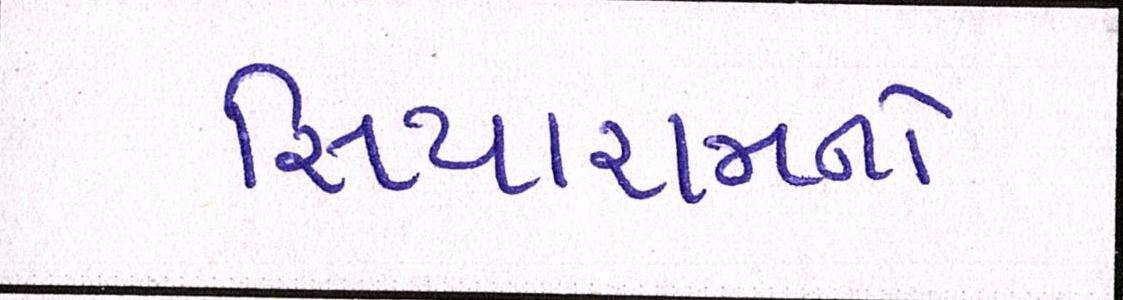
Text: સિયારામનો